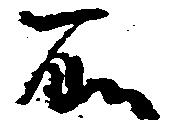
所